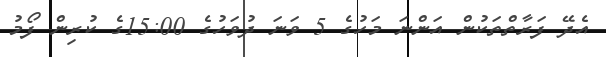
އެދޭ ފަރާތްތަކުން އަންނަ މަހުގެ 5 ވަނަ ދުވަހުގެ 15:00ގެ ކުރިން ފޯމު